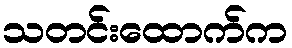
သတင်းထောက်က